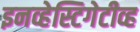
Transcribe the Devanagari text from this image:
इनव्हेस्टिगेटीव्ह